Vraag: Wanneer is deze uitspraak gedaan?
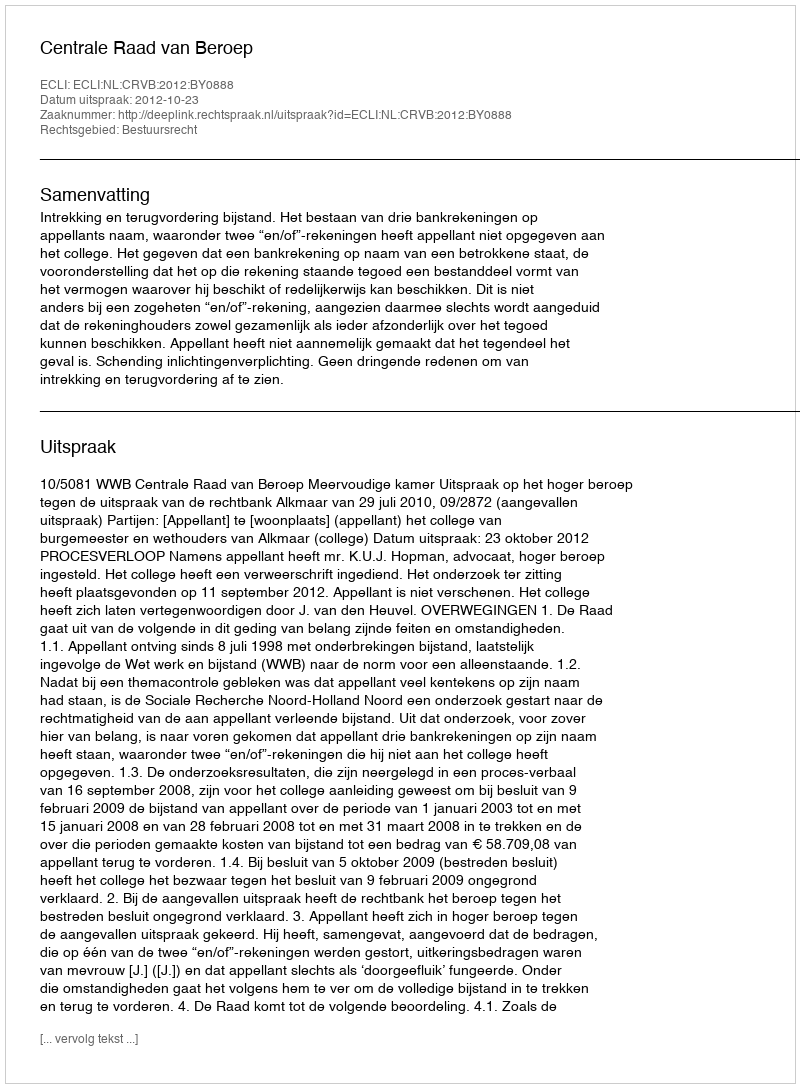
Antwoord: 2012-10-23